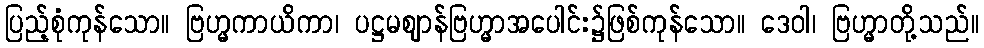
ပြည့်စုံကုန်သော။ ဗြဟ္မကာယိကာ၊ ပဋ္ဌမဈာန်ဗြဟ္မာအပေါင်း၌ဖြစ်ကုန်သော။ ဒေဝါ၊ ဗြဟ္မာတို့သည်။